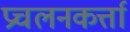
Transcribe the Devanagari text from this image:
प्रचलनकर्त्ता